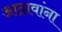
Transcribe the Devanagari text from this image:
आढावांना